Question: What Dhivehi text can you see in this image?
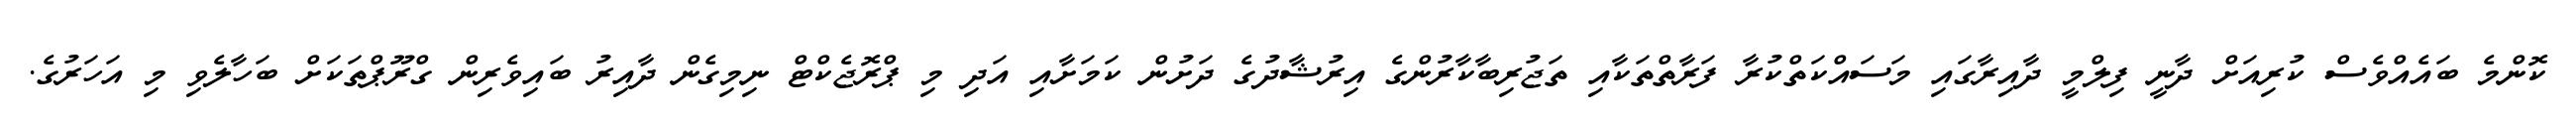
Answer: ކޮންމެ ބައެއްވެސް ކުރިއަށް ދާނީ ފިލްމީ ދާއިރާގައި މަސައްކަތްކުރާ ފަރާތްތަކާއި ތަޖުރިބާކާރުންގެ އިރުޝާދުގެ ދަށުން ކަމަށާއި އަދި މި ޕްރޮޖެކްޓް ނިމިގެން ދާއިރު ބައިވެރިން ގްރޫޕްތަކަށް ބަހާލެވި މި އަހަރުގެ.